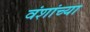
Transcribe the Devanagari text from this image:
वंशांच्या